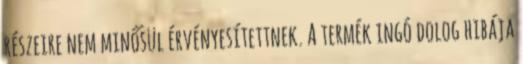
részeire nem minősül érvényesítettnek. A termék ingó dolog hibája